Civil Veterinary Dept. Bombay admin report 1923-31 - 1923-1931
Year: 1923
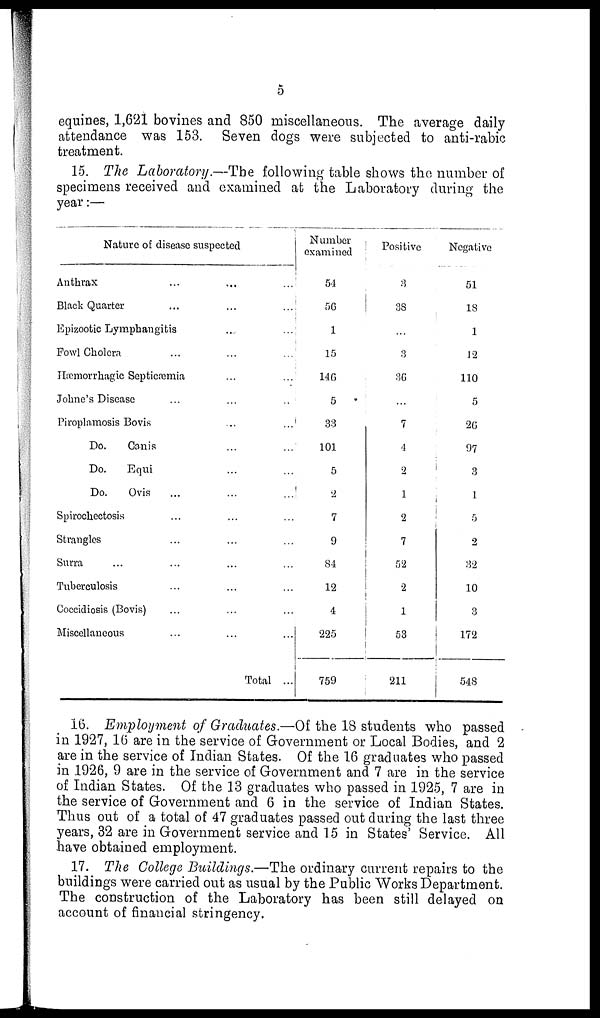
5
equines, 1,621 bovines and 850 miscellaneous. The average daily
attendance was 153. Seven dogs were subjected to anti-rabic
treatment.
15. The Laboratory.—The following table shows the number of
specimens received and examined at the Laboratory during the
year:—
Nature of disease suspected
Anthrax ... ... ...
Black Quarter ... ... ...
Epizootic Lymphangitis ... ...
Fowl Cholera ... ... ...
Hæmorrhagic Septicæmia ... ...
Johne's Disease ... ... ...
Piroplamosis Bovis ... ...
Do.
Canis ... ...
Do.
Equi ... ...
Do.
Ovis ... ... ...
Spirochectosis ... ... ...
Strangles ... ... ...
Surra ... ... ... ...
Tuberculosis ... ... ...
Coccidiosis (Bovis) ... ... ...
Miscellaneous ... ... ...
Total ...
Number
examined
54
56
1
15
146
5
33
101
5
2
7
9
84
12
4
225
759
Positive
3
38
...
3
36
...
7
4
2
1
2
7
52
2
1
53
211
Negative
51
18
1
12
110
5
26
97
3
1
5
2
32
10
3
172
548
16. Employment of Graduates.—Of the 18 students who passed
in 1927, 16 are in the service of Government or Local Bodies, and 2
are in the service of Indian States. Of the 16 graduates who passed
in 1926, 9 are in the service of Government and 7 are in the service
of Indian States. Of the 13 graduates who passed in 1925, 7 are in
the service of Government and 6 in the service of Indian States.
Thus out of a total of 47 graduates passed out during the last three
years, 32 are in Government service and 15 in States' Service. All
have obtained employment.
17. The College Buildings.—The ordinary current repairs to the
buildings were carried out as usual by the Public Works Department.
The construction of the Laboratory has been still delayed on
account of financial stringency.